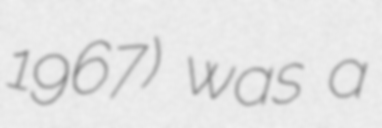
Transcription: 1967) was a